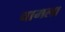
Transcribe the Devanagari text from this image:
चामला